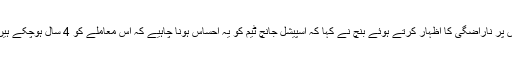
اس پر ناراضگی کا اظہار کرتے ہوئے بنچ نے کہا کہ اسپیشل جانچ ٹیم کو یہ احساس ہونا چاہیے کہ اس معاملے کو 4 سال ہوچکے ہیں ۔